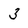
Character: 3